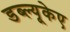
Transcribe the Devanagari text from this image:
डब्ल्यूकेए